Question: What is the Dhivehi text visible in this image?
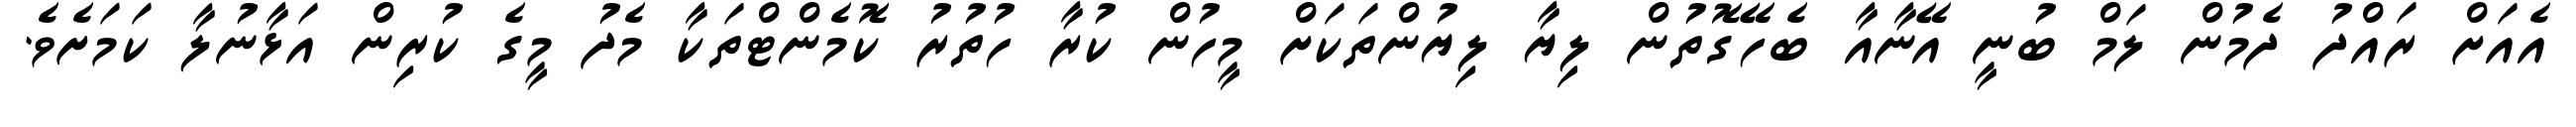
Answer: އެއަށް ރައްދު ދެމުން ލަމް ބުނީ އޭނާއާ ބެހޭގޮތުން ލިޔާ ލިޔުންތަކަށް މީހުން ކުރާ ހުތުރު ކޮމެންޓްތަކާ މެދު މީގެ ކުރިން އަޅާނުލާ ކަމަށެވެ.